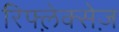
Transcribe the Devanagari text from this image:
रिफ्ल़ेक्सेज़